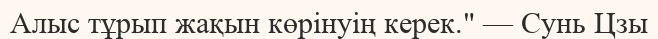
Алыс тұрып жақын көрінуің керек." — Сунь Цзы